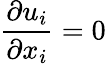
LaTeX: {\frac{\partial u_{i}}{\partial x_{i}}}=0